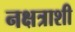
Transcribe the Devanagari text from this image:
नक्षत्राशी